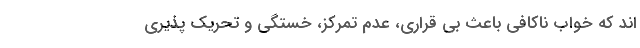
اند که خواب ناکافی باعث بی ‌قراری، عدم تمرکز، خستگی و تحریک‌ پذیری